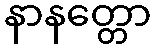
နာနတ္တော